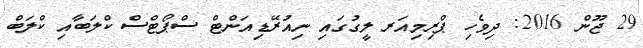
29 ޖޫން 2016: ދިވެހި ޕްރިމިއަރ ލީގުގައި ނިއުރޭޑިއަންޓް ސްޕޯޓްސް ކްލަބާއި ކްލަބް